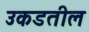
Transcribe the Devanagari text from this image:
उकडतील